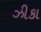
ઝીકા